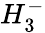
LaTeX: H_{3}^{-}